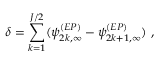
\delta = \sum _ { k = 1 } ^ { J / 2 } ( \psi _ { 2 k , \infty } ^ { ( E P ) } - \psi _ { 2 k + 1 , \infty } ^ { ( E P ) } ) ~ ,